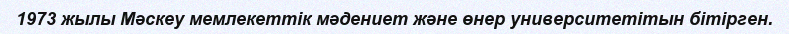
1973 жылы Мәскеу мемлекеттік мәдениет және өнер университетітын бітірген.